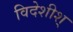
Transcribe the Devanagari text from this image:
विदेशीश्